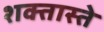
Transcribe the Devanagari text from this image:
शक्तास्ते